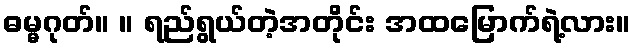
ဓမ္မဂုတ်။ ။ ရည်ရွယ်တဲ့အတိုင်း အထမြောက်ရဲ့လား။